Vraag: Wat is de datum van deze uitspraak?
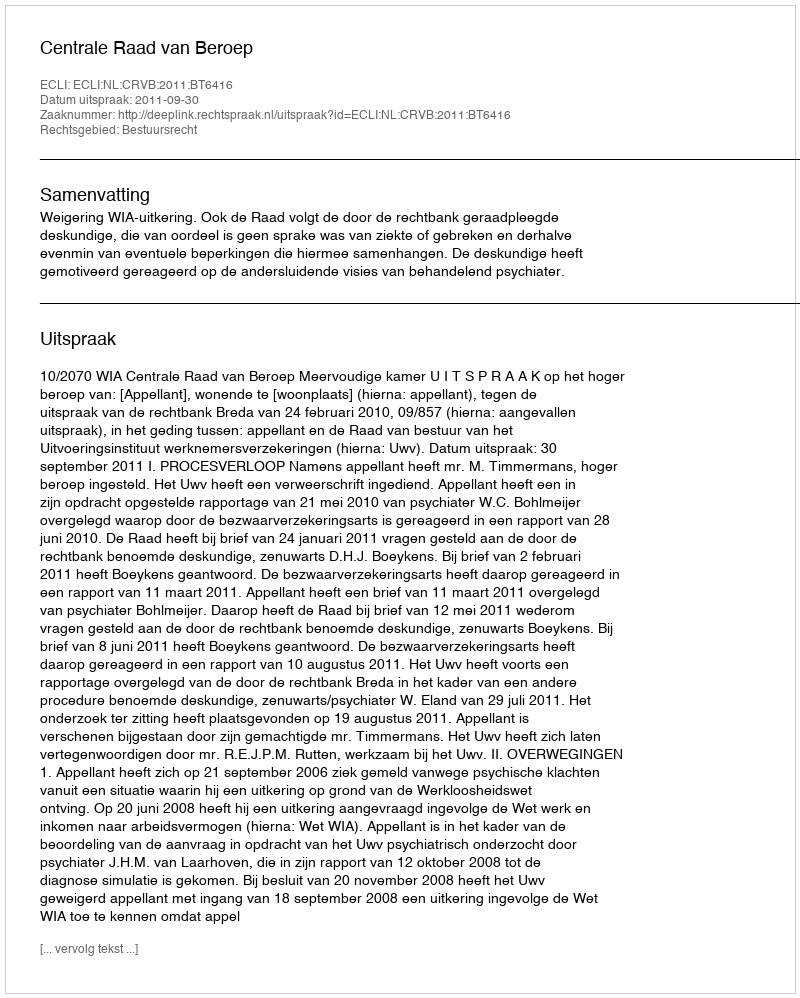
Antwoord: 2011-09-30